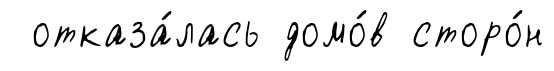
отказа́лась домо́в сторо́н